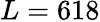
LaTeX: L=618